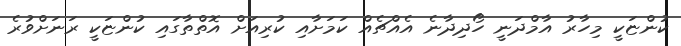
ކުންޏަކީ މިހާރު އާމްދަނީ ހޯދިދާނެ އެއްޗެއް ކަމަށާއި ކުރިއަށް އޮތްތާގައި ކުންޏަކީ ރަނަށްވުރެ